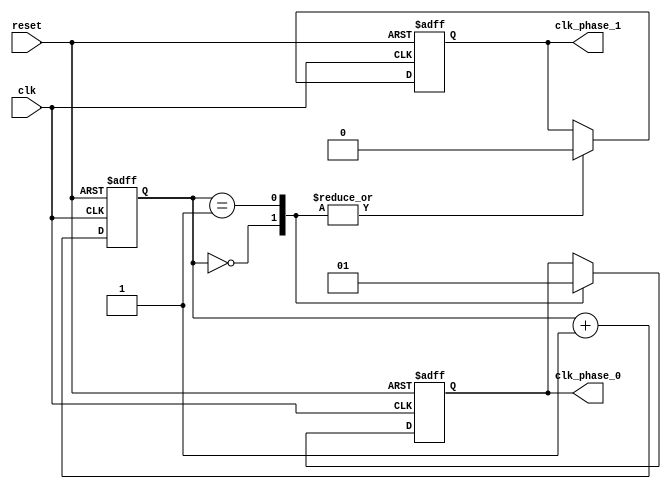
module multi_phase_clock_divider (
    input wire clk,
    input wire reset,
    output reg clk_phase_0,
    output reg clk_phase_1,
    // add more output clocks as needed
);

reg [3:0] counter;

always @(posedge clk or posedge reset) begin
    if (reset) begin
        counter <= 4'b0000;
        clk_phase_0 <= 1'b0;
        clk_phase_1 <= 1'b0;
        // initialize other clock outputs as needed
    end else begin
        counter <= counter + 1;

        case (counter)
            4'd0: begin
                clk_phase_0 <= 1'b0;
                clk_phase_1 <= 1'b0;
                // set other clock outputs
            end
            4'd1: begin
                clk_phase_0 <= 1'b1;
                clk_phase_1 <= 1'b0;
                // set other clock outputs
            end
            // add cases for generating other phases
        endcase
    end
end

endmodule